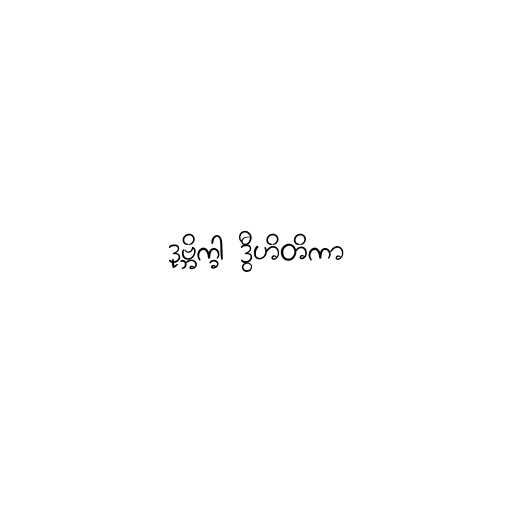
ဒုဗ္ဘိက္ခါ ဒွီဟိတိကာ